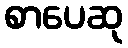
စာပေဆု